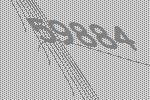
59884